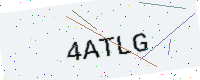
Text: 4ATLG